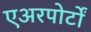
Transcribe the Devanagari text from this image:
एअरपोर्टों